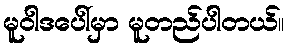
မူဝါဒပေါ်မှာ မူတည်ပါတယ်။